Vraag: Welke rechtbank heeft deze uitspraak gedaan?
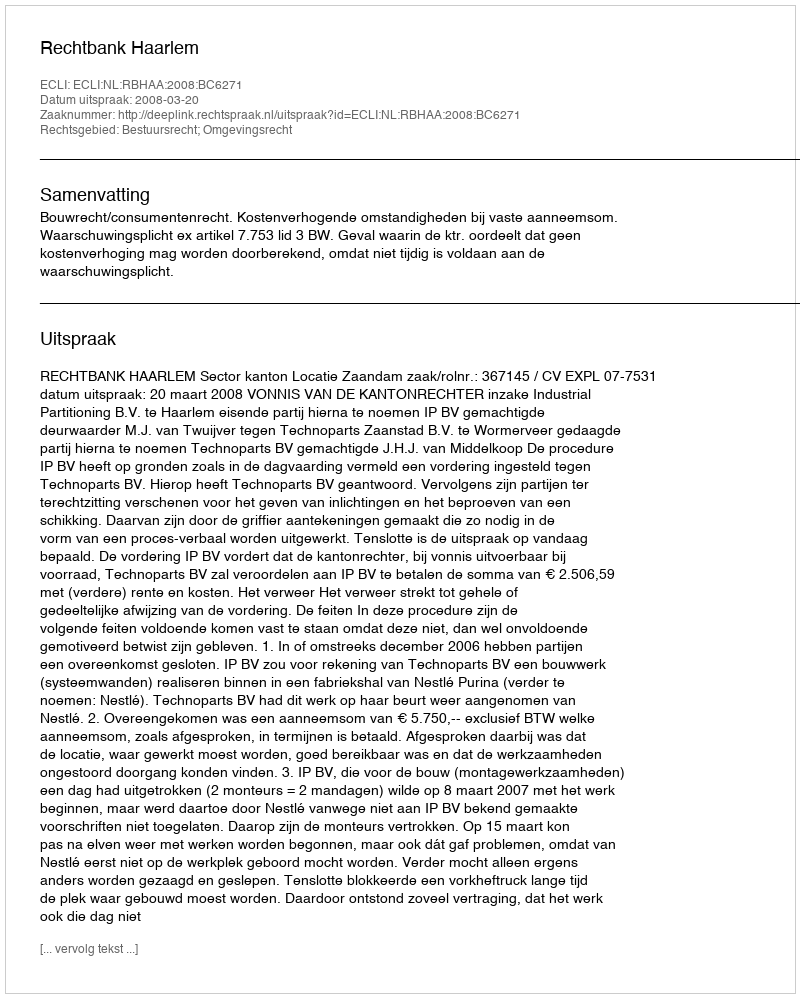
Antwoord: Rechtbank Haarlem